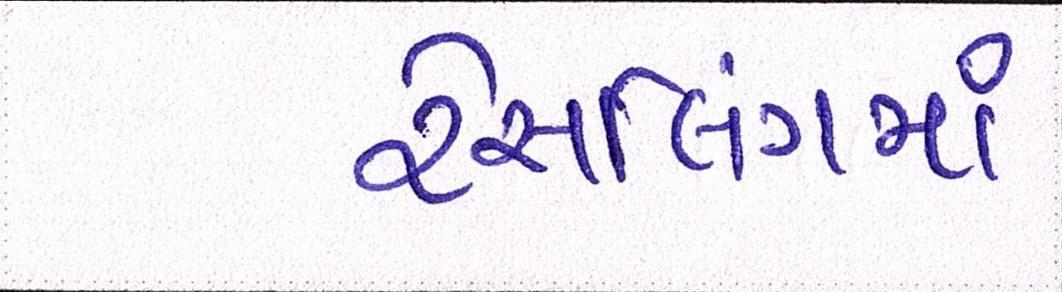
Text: રેસલિંગમાં